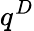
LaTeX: q^{D}